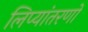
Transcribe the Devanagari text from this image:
लिप्यांतरणों